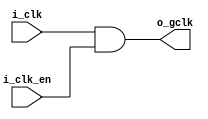
module clk_gate_wrapper (
     i_clk   ,
     i_clk_en,
     o_gclk 
);
input   i_clk;
input   i_clk_en;
output  o_gclk;

assign  o_gclk = i_clk & i_clk_en;

endmodule